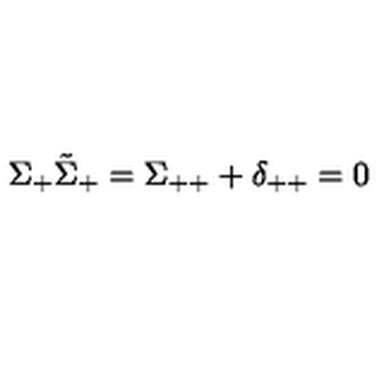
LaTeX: \Sigma _ { + } \tilde { \Sigma } _ { + } = \Sigma _ { + + } + \delta _ { + + } = 0